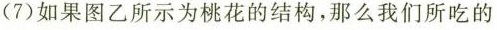
(7)如果图乙所示为桃花的结构，那么我们所吃的